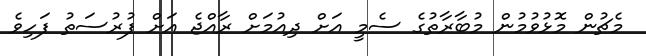
މެޗުން މޮޅުވުމުން މުބާރާތުގެ ސެމީ އަށް ދިއުމަށް ރާއްޖެ އަށް ފުރުސަތު ފަހިވެ